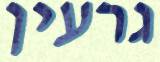
גרעין